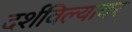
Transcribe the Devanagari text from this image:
दर्शविल्यावर